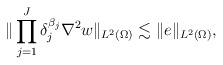
LaTeX: \begin{align*}\|\prod_{j=1}^J \delta_j^{\beta_j} \nabla^2 w\|_{L^2(\Omega)} \lesssim \|e\|_{L^2(\Omega)}, \end{align*}